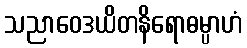
သညာဝေဒယိတနိရောဓမ္ပာဟံ